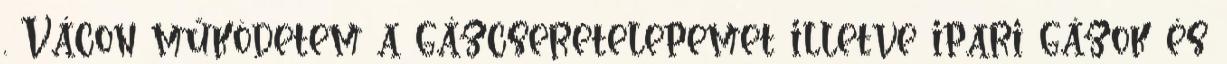
. Vácon működetem a gázcseretelepemet illetve ipari gázok és